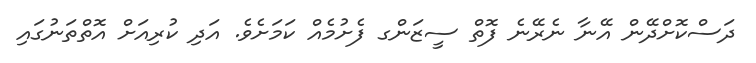
ދަސްކޮށްދޭން އޭނާ ނެރޭނެ ފޮތް ސީޒަންގ ފެށުުމެއް ކަމަށެވެ. އަދި ކުރިއަށް އޮތްތަނުގައި